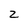
Character: 2